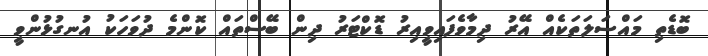
ބޮޑެތި މައްސަލަތަކެއް އޭރު ދިމާވެފައިވީއިރު ޑޮކްޓަރު ދިން ބޭސްތައް ކޮންމެ ދުވަހަކު އުނގުޅުންވީ